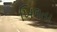
ખિલતા